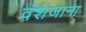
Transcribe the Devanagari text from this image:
वंशजाना